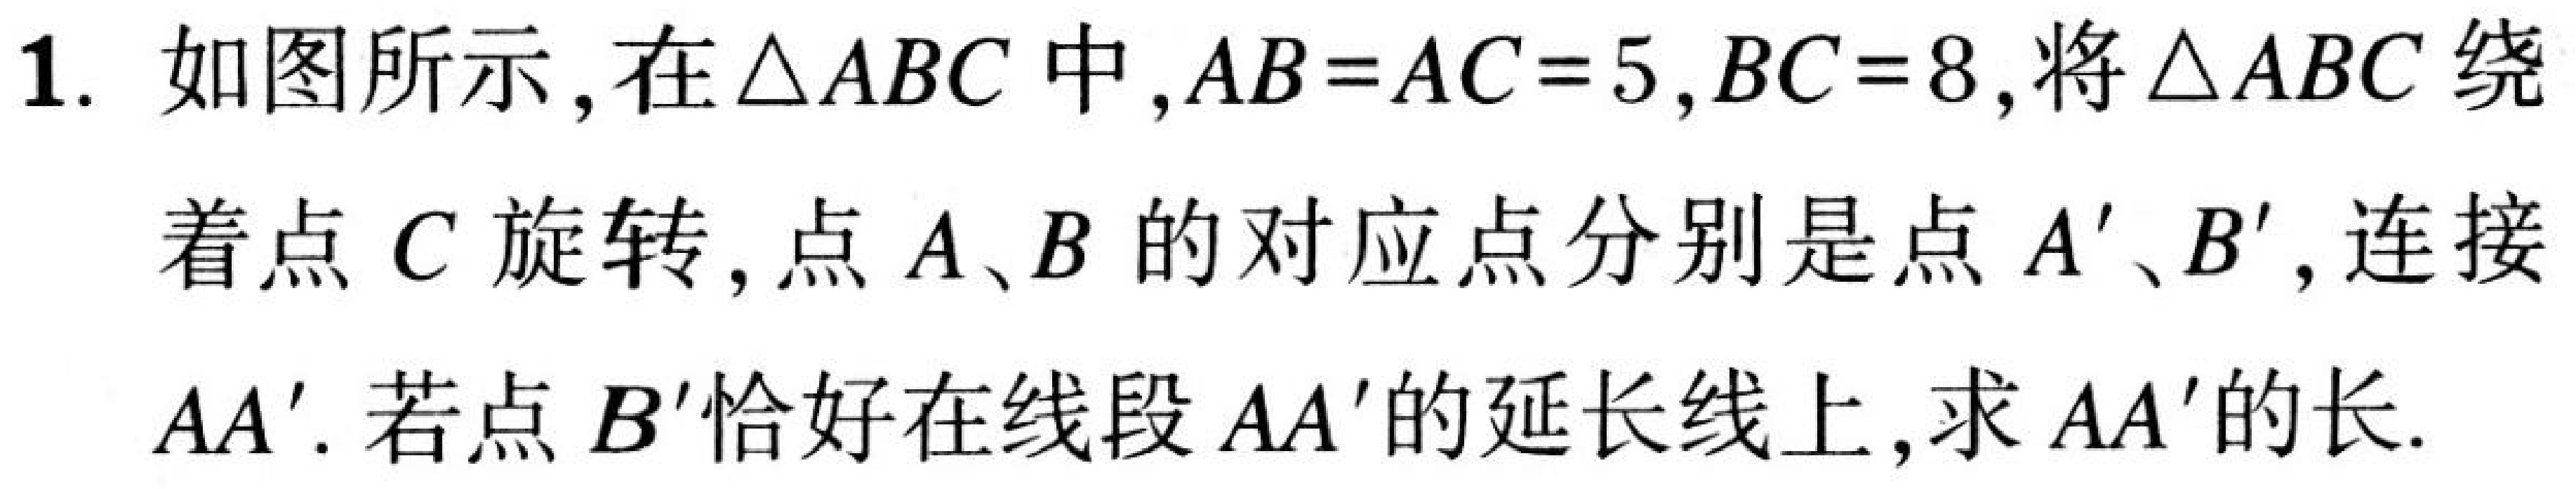
1. 如图所示，在\(\triangle ABC\)中，\(AB = AC = 5\)，\(BC = 8\)，将\(\triangle ABC\)绕
着点\(C\)旋转，点\(A\)、\(B\)的对应点分别是点\(A'\)、\(B'\)，连接
\(AA'\)．若点\(B'\)恰好在线段\(AA'\)的延长线上，求\(AA'\)的长．